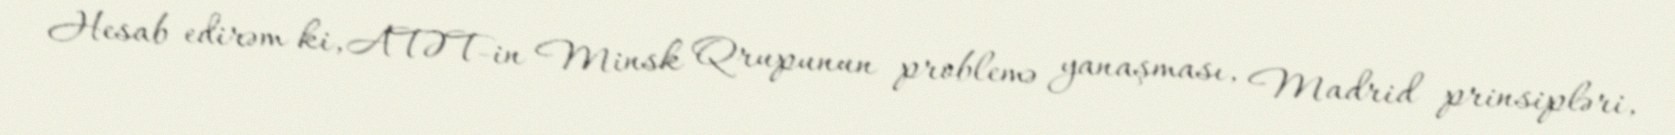
Hesab edirəm ki, ATƏT-in Minsk Qrupunun problemə yanaşması, Madrid prinsipləri,